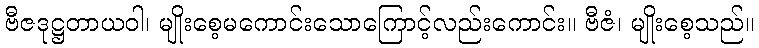
ဗီဇဒုဋ္ဌတာယဝါ၊ မျိုးစေ့မကောင်းသောကြောင့်လည်းကောင်း။ ဗီဇံ၊ မျိုးစေ့သည်။